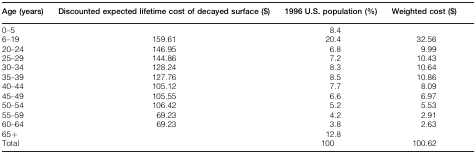
<table><thead><tr><td><b>Age (years)</b></td><td><b>Discounted expected lifetime cost of decayed surface ($)</b></td><td><b>1996 U.S. population (%)</b></td><td><b>Weighted cost ($)</b></td></tr></thead><tbody><tr><td>0–5</td><td></td><td>8.4</td><td></td></tr><tr><td>6–19</td><td>159.61</td><td>20.4</td><td>32.56</td></tr><tr><td>20–24</td><td>146.95</td><td>6.8</td><td>9.99</td></tr><tr><td>25–29</td><td>144.86</td><td>7.2</td><td>10.43</td></tr><tr><td>30–34</td><td>128.24</td><td>8.3</td><td>10.64</td></tr><tr><td>35–39</td><td>127.76</td><td>8.5</td><td>10.86</td></tr><tr><td>40–44</td><td>105.12</td><td>7.7</td><td>8.09</td></tr><tr><td>45–49</td><td>105.55</td><td>6.6</td><td>6.97</td></tr><tr><td>50–54</td><td>106.42</td><td>5.2</td><td>5.53</td></tr><tr><td>55–59</td><td>69.23</td><td>4.2</td><td>2.91</td></tr><tr><td>60–64</td><td>69.23</td><td>3.8</td><td>2.63</td></tr><tr><td>65+</td><td></td><td>12.8</td><td></td></tr><tr><td>Total</td><td></td><td>100</td><td>100.62</td></tr></tbody></table>